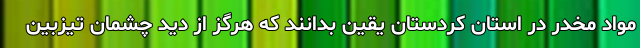
مواد مخدر در استان کردستان یقین بدانند که هرگز از دید چشمان تیزبین